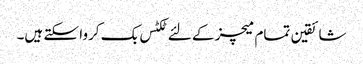
شائقین تمام میچز کے لئے ٹکٹس بک کروا سکتے ہیں۔